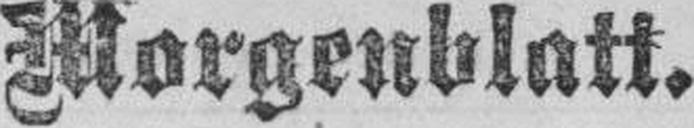
Morgenblatt.